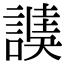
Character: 䜁